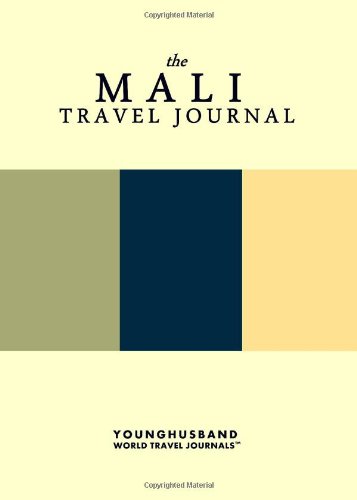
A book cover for The Mali Travel Journal; Younghusband World Travel Journals; Travel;